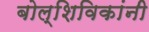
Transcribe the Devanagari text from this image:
बोल्शिविकांनी